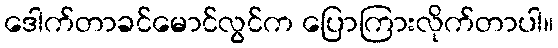
ဒေါက်တာခင်မောင်လွင်က ပြောကြားလိုက်တာပါ။